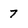
Character: 7